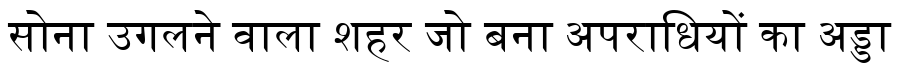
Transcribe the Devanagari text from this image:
सोना उगलने वाला शहर जो बना अपराधियों का अड्डा